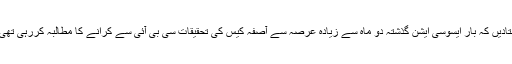
بتادیں کہ بار ایسوسی ایشن گذشتہ دو ماہ سے زیادہ عرصہ سے آصفہ کیس کی تحقیقات سی بی آئی سے کرانے کا مطالبہ کررہی تھی۔